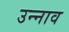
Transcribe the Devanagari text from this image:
उन्‍नाव